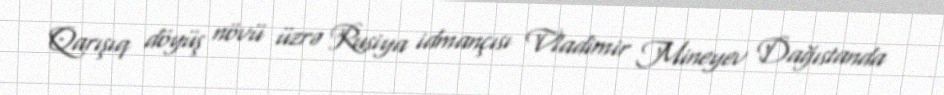
Qarışıq döyüş növü üzrə Rusiya idmançısı Vladimir Mineyev Dağıstanda